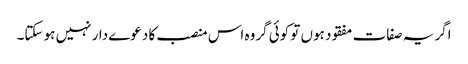
اگر یہ صفات مفقود ہوں تو کوئی گروہ اس منصب کا دعوے دار نہیں ہو سکتا۔